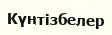
Күнтізбелер